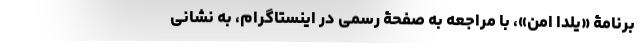
برنامۀ «یلدا امن»، با مراجعه به صفحۀ رسمی در اینستاگرام، به نشانی